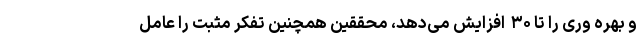
و بهره وری را تا ۳۰  افزایش می‌دهد، محققین همچنین تفکر مثبت را عامل